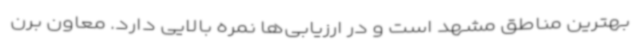
بهترین مناطق مشهد است و در ارزیابی‌ها نمره بالایی دارد. معاون برن